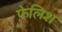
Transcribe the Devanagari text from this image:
फेलिश